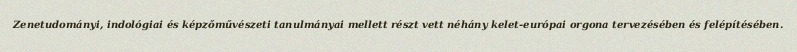
Zenetudományi, indológiai és képzőművészeti tanulmányai mellett részt vett néhány kelet-európai orgona tervezésében és felépítésében.